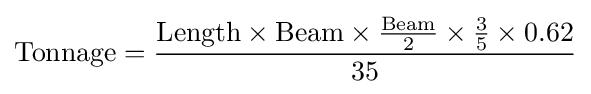
{\text{Tonnage}}={\frac {{\text{Length}}\times {\text{Beam}}\times {\frac {\text{Beam}}{2}}\times {\frac {3}{5}}\times {0.62}}{35}}